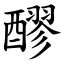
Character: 醪